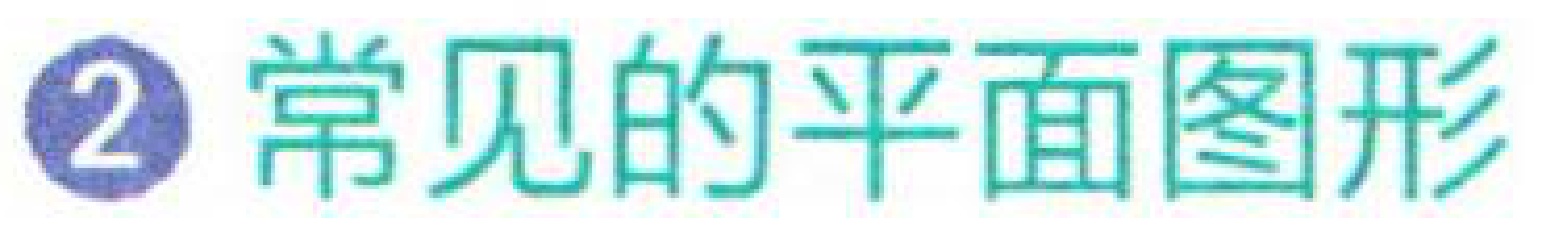
\textcircled{2} 常见的平面图形